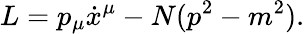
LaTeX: L=p_{\mu}\dot{x}^{\mu}-N(p^{2}-m^{2}).